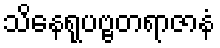
သိနေရုပဗ္ဗတရာဇာနံ